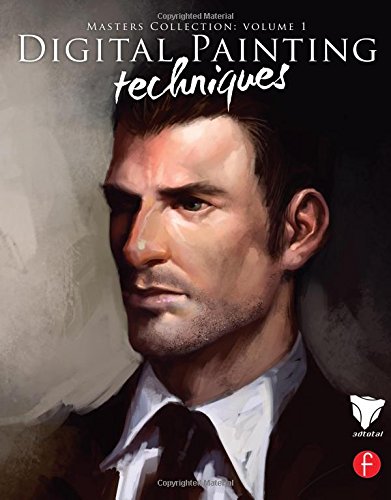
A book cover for Digital Painting Techniques: Practical Techniques of Digital Art Masters (Digital Art Masters Series); 3dtotal.Com; Arts & Photography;